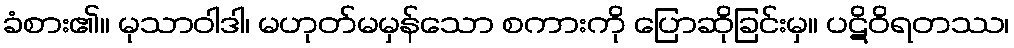
ခံစား၏။ မုသာဝါဒါ၊ မဟုတ်မမှန်သော စကားကို ပြောဆိုခြင်းမှ။ ပဋိဝိရတဿ၊